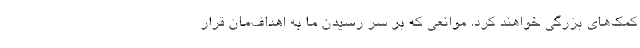
کمک‌های بزرگی خواهند کرد. موانعی که بر سر رسیدن ما به اهداف‌مان قرار